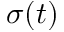
\sigma ( t )